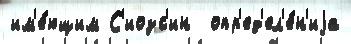
им'е́ющим С'иозс'ин  опр'ед'ел'е́н'иjа